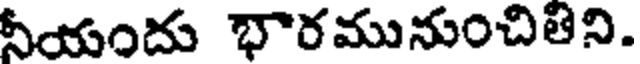
నీయందు భారమునుంచితిని.